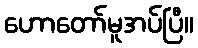
ဟောတော်မူအပ်ပြီ။